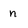
Character: n